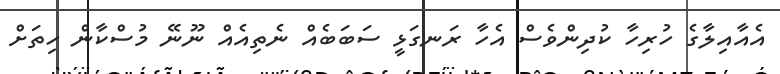
އެއާއިލާގެ ހުރިހާ ކުދިންވެސް އެހާ ރަނގަޅީ ސަބަބެއް ނެތިއެއް ނޫނޭ މުސްކާން ހިތަށް